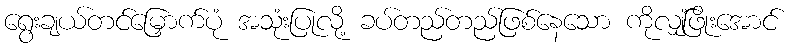
ရွေးချယ်တင်မြှောက်ပုံ အသုံးပြုလို့ ခပ်တည်တည်ဖြစ်နေသော ကိုလျှံဖြိုးအောင်